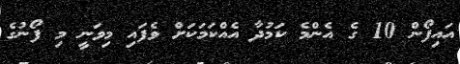
އައިފޯން 10 ގެ އެންމެ ކަމުދާ އެއްކަމަކަށް ވެފައި މިވަނީ މި ފޯނުގެ